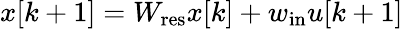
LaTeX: x[k+1]=W_{\mathrm{res}}x[k]+w_{\mathrm{in}}u[k+1]